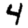
Digit: 4